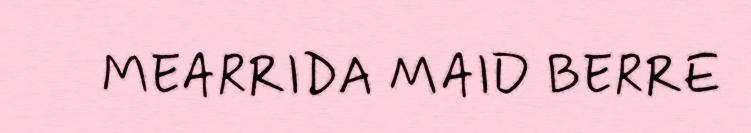
MEARRIDA MAID BERRE